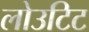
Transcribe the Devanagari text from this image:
लोउटिट